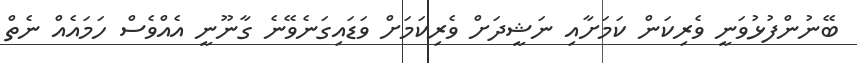
ބޭނުންފުޅުވަނީ ވެރިކަން ކަމަށާއި ނަޝީދަށް ވެރިކަމަށް ވަޑައިގަނެވޭނެ ގާނޫނީ އެއްވެސް ހަމައެއް ނެތް